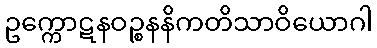
ဥက္ကောဋနဝဉ္စနနိကတိသာဝိယောဂါ